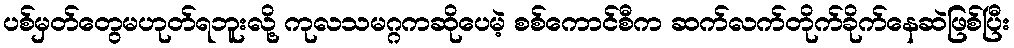
ပစ်မှတ်တွေမဟုတ်ရဘူးလို့ ကုလသမဂ္ဂကဆိုပေမဲ့ စစ်ကောင်စီက ဆက်လက်တိုက်ခိုက်နေဆဲဖြစ်ပြီး